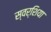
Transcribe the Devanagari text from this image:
स्वर्शिया